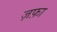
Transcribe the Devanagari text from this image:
ज़फ़ा